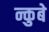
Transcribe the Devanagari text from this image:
न्कुबे